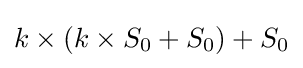
k\times (k\times S_{0}+S_{0})+S_{0}